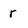
Character: r